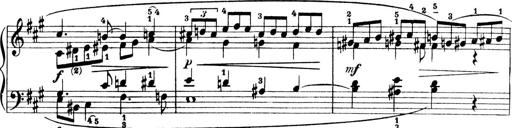
Title: 4 Sonatines
Composer: Max Reger